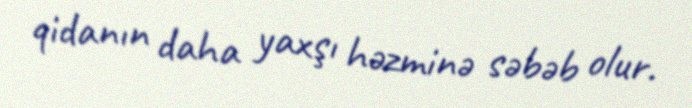
qidanın daha yaxşı həzminə səbəb olur.